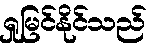
ရှုမြင်နိုင်သည်